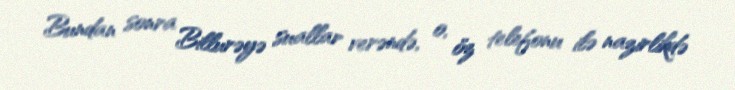
Bundan sonra Billurəyə suallar verəndə, o, öz telefonu ilə nazirlikdə